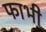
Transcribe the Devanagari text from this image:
फाभी